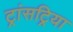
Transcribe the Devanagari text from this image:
ट्रांसट्रिया